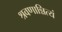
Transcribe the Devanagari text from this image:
श्रवणान्नित्यं